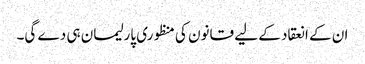
ان کے انعقاد کے لیے قانون کی منظوری پارلیمان ہی دے گی۔